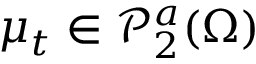
\mu _ { t } \in \mathscr { P } _ { 2 } ^ { a } ( \Omega )